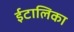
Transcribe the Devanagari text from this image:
ईटालिका